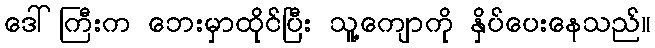
ဒေါ်ကြီးက ဘေးမှာထိုင်ပြီး သူ့ကျောကို နှိပ်ပေးနေသည်။